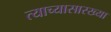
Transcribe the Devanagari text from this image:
त्याच्यासारख्या